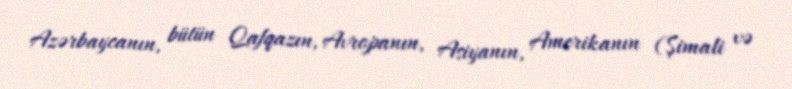
Azərbaycanın, bütün Qafqazın, Avropanın, Asiyanın, Amerikanın (Şimali və